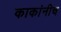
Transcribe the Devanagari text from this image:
काकांनीच